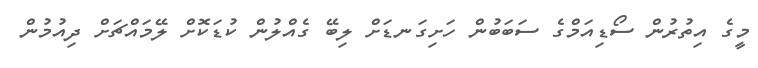
މީގެ އިތުރުން ސޯޑިއަމްގެ ސަބަބުން ހަށިގަނޑަށް ލިބޭ ގެއްލުން ކުޑަކޮށް ލޭމައްޗަށް ދިއުމުން